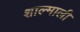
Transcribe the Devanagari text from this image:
शाल्माली